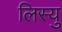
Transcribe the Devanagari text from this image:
लिस्यु